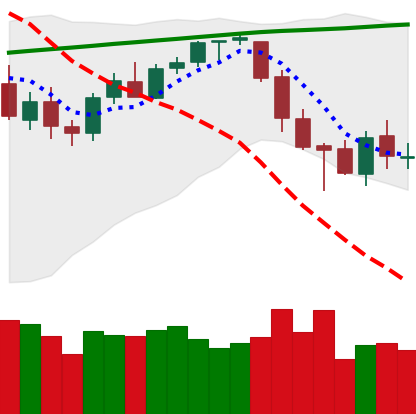
Ticker: BTC-USD
Chart end date: 2018-03-13
Forward return: -10.562%
Label: down_7plus